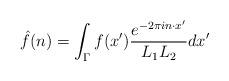
LaTeX: \begin{align*} \hat{f}(n) = \int_\Gamma f(x') \frac{e^{-2\pi i n \cdot x'}}{L_1 L_2} dx'\end{align*}